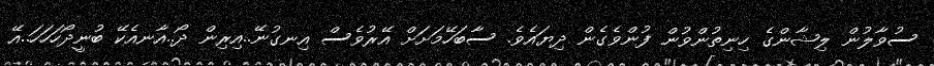
ސުވާލުން ލިޝާންގެ ހިނިތުންވުން ފުންވެގެން ދިޔައެވެ. ސާބަހޭމަށަށް އޭރުވެސް އިނގުނޭ..އިރިން ދޯ..އާނއެކޭ ބުނީދޯހަހަހަ..އޭ